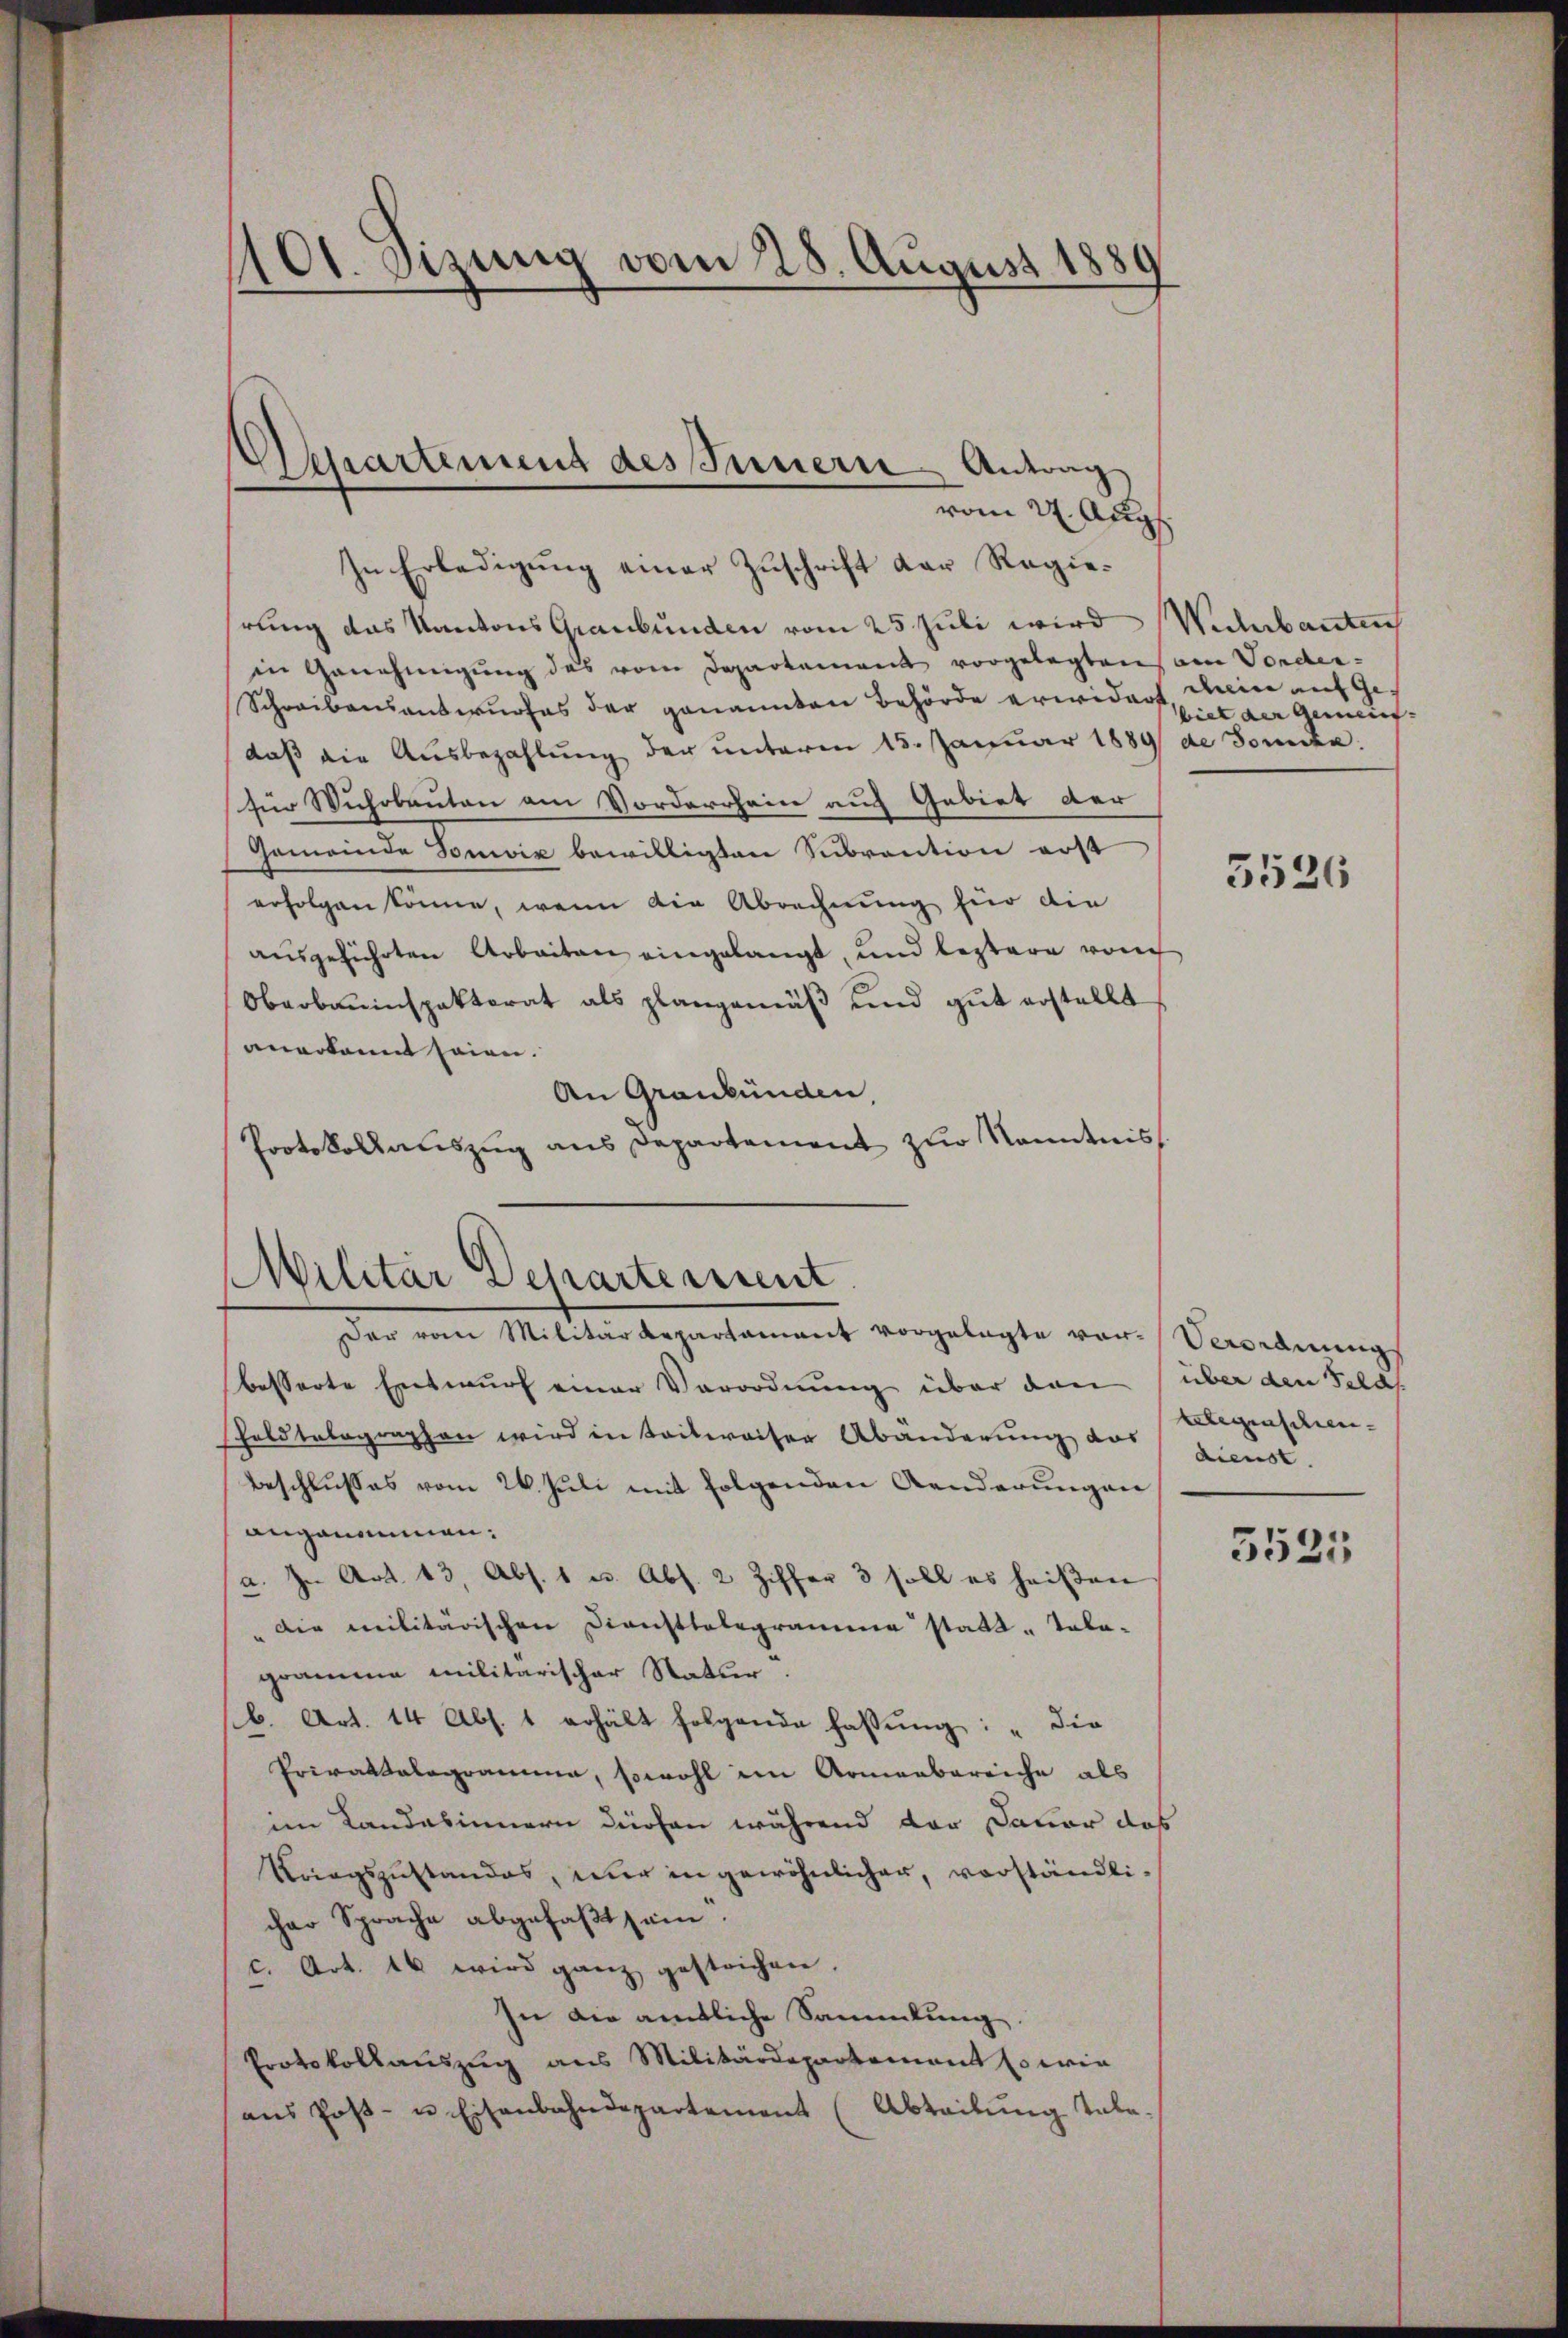
101. Sizung vom 28. August 1880
n

In Erledigung einer Zuschrift der Regiehrung das Kantons Graubünden vom 25. Juli wird Widerbanten
in Genehmigung des vom Departement vorgelegten am Vorder-
Schreibensantwurfes der genannten Behörde erwidert chein auf Ge-
daß die Ausbezahlung der unterm 15. Januar 1889 de Somita
für Wuhrbauten am Vorderrhein auch Gebiet der
Gemeinde Sonnig bewilligten Subvention erst
erfolgen könne, wenn die Abrechnung für die
aŭsgeführten Arbeiten eingelangt, und leztere von
Oberbauinspektorat als plangemäß und gut erstellt
anerkannt seien.
An Graubünden,
Protokollauszug aus Departement zur Kenntnis

Dessartement des Innern Antrag
vom 27. Aug.

Militär Scharterrent
Der vom Militärdepartament vorgelegte var-Verordnung

besserte Entwurf einer Verordnung über den über den Felds
Puldtalographen wird in teilweiser Abänderung das
Beschlusses vom 24. Juli mit folgenden Aenderungen
angenommen:
a. In Art. 13, Abs. 1 u. Abs. 2 Ziffer 3 soll es heißen
" die militärischen Diensttalogramme statt - Tala-
gramme militarischer Natur.
b. Art. 14 Abs. 1 erhält folgende fassŭng: „Die
Privatalogramme, sowohl im Armenbereiche als
im Landabinnern dürfen während der Davor das
Kriegszustandes, nur in gewöhnlicher, vorständlicher Sprache abgefaβt sein.
c. Art. 16 wird ganz gestrichen.
In die amtliche Sammlung
Protokollauszug aus Militärdepartement so wie
ans Poβ- u Eisenbahndepartement (Abteilung tale.

biet der Gemeind- |

5526

telegenschen.
dienst

3535